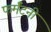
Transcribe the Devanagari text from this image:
फर्मॅटनी